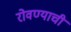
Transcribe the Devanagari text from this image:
रोवण्याची